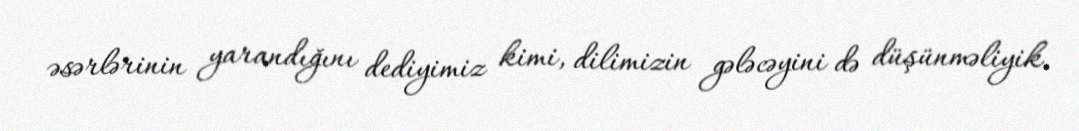
əsərlərinin yarandığını dediyimiz kimi, dilimizin gələcəyini də düşünməliyik.